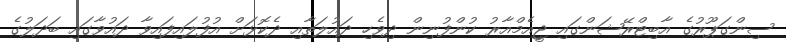
ސިންގަޕޫރުގެ އާބިޓްރޭޝަންގައި ޖީއެމްއާރު ކުންފުނިން ދިވެހި ދައުލަތާއި ދެކޮޅަށް އުފުލައިފައިވާ ދައުވާގައި ބަދަލުގެ